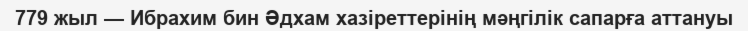
779 жыл — Ибрахим бин Әдхам хазіреттерінің мәңгілік сапарға аттануы